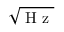
\sqrt { \mathrm { ~ H ~ z ~ } }